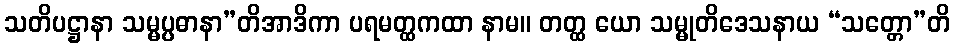
သတိပဋ္ဌာနာ သမ္မပ္ပဓာနာ”တိအာဒိကာ ပရမတ္ထကထာ နာမ။ တတ္ထ ယော သမ္မုတိဒေသနာယ “သတ္တော”တိ